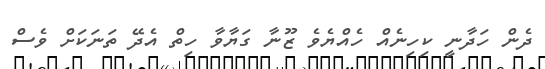
ދެން ހަދާނީ ކިހިނެއް ހެއްޔެވެ ޒޫނާ ގަޔާވާ ހިތް އެދޭ ތަނަކަށް ވެސް